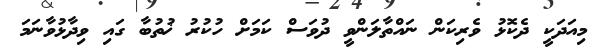
މިއަދަކީ ދެކޮޅު ވެރިކަން ނައްތާލަންވީ ދުވަސް ކަމަށް ހުކުރު ޚުުތުބާ ގައި ވިދާޅުވާނަމަ